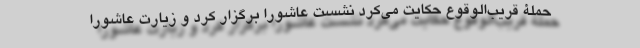
حملۀ قریب‌الوقوع حکایت می‌کرد نشست عاشورا برگزار کرد و زیارت عاشورا